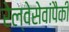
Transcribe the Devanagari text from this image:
रेल्वेसेवांपैकी